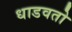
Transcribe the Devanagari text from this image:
धाडवतो